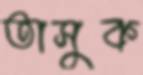
তাসুক